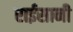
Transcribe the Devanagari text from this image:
राईसानी